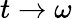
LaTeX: t\rightarrow\omega